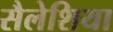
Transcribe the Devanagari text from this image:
सैलेशिया